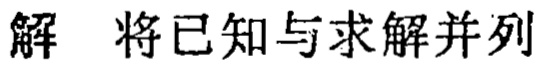
解 将已知与求解并列